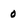
Character: 0